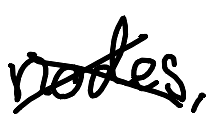
Text: nodes,
Cross-out: cross
Writing tool: digital_black